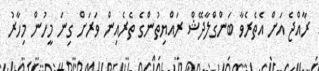
ރާއްޖެ އަށް އެތެރެވާ ބަންގްލާދޭޝް ރައްޔިތުންގެ ތެރެއިން ވަރަށް ގިނަ މީހުން މިހާރު